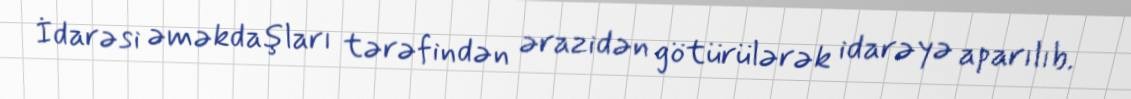
İdarəsi əməkdaşları tərəfindən ərazidən götürülərək idarəyə aparılıb.